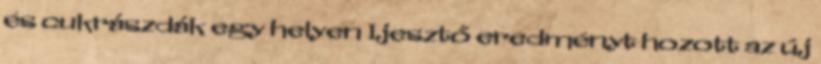
és cukrászdák egy helyen Ijesztő eredményt hozott az új